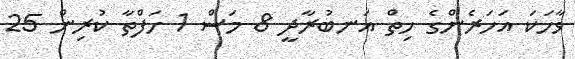
ވާހަކަ އަހަރެންގެ ހިތް އަނބުރާދީ 8 މަސް 1 ހަފްތާ ކުރިން 25